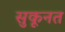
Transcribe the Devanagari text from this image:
सुकूनत